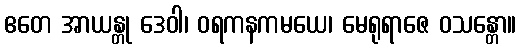
ဧတေ အာယန္တု ဒေဝါ၊ ဝရကနကမယေ၊ မေရုရာဇေ ဝသန္တော။